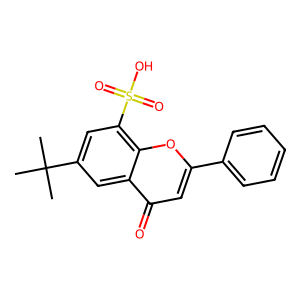
SMILES: CC(C)(C)c1cc(S(=O)(=O)O)c2oc(-c3ccccc3)cc(=O)c2c1
Inhibits HIV replication: No